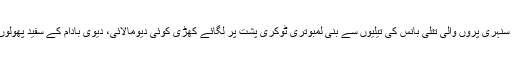
خوبانی آلوچوں کے پیڑوں پر منڈلاتی سنہری پروں والی تتلی بانس کی تیلیوں سے بنی لمبوتری ٹوکری پشت پر لگائے کھڑی کوئی دیومالائی، دیوی بادام کے سفید پھولوں کے گھر میں بسنے والی گل بکاولی۔